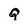
Character: Q